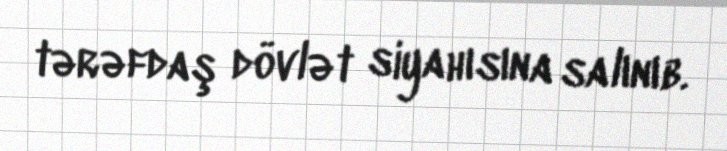
tərəfdaş dövlət siyahısına salınıb.